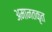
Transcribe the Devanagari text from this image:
अमानतकृत